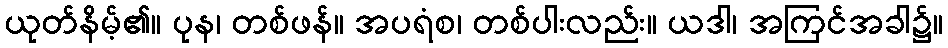
ယုတ်နိမ့်၏။ ပုန၊ တစ်ဖန်။ အပရံစ၊ တစ်ပါးလည်း။ ယဒါ၊ အကြင်အခါ၌။